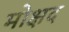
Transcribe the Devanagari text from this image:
मोक्षद